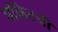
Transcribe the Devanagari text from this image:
पॉकेटची